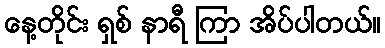
နေ့တိုင်း ရှစ် နာရီ ကြာ အိပ်ပါတယ်။